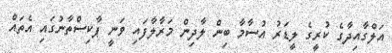
އަލްގާއިދާގެ ކުރީގެ ލީޑަރު އުސާމާ ބިން ލާދިން މަރާލާފައި ވަނީ ޕާކިސްތާނުގައި އެތައް